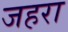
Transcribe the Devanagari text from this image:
जहरा